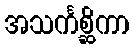
အသင်္ကစ္ဆိကာ